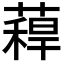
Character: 𮑉